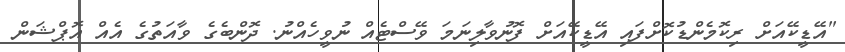
"އޭޑީކޭއަށް ރިކޮމެންޑުކޮށްފައި އޭޑީކޭއަށް ފޮނުވާލިނަމަ ވޭސްޓެއް ނުވީހެއްނު. ދޮންބެގެ ވާއަތުގެ އެއް އޮޕްޝަން